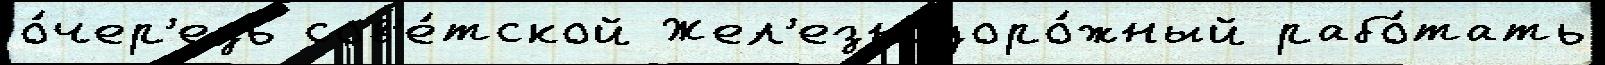
о́чер'едь сов'е́тской Жел'езнодоро́жный рабо́тать